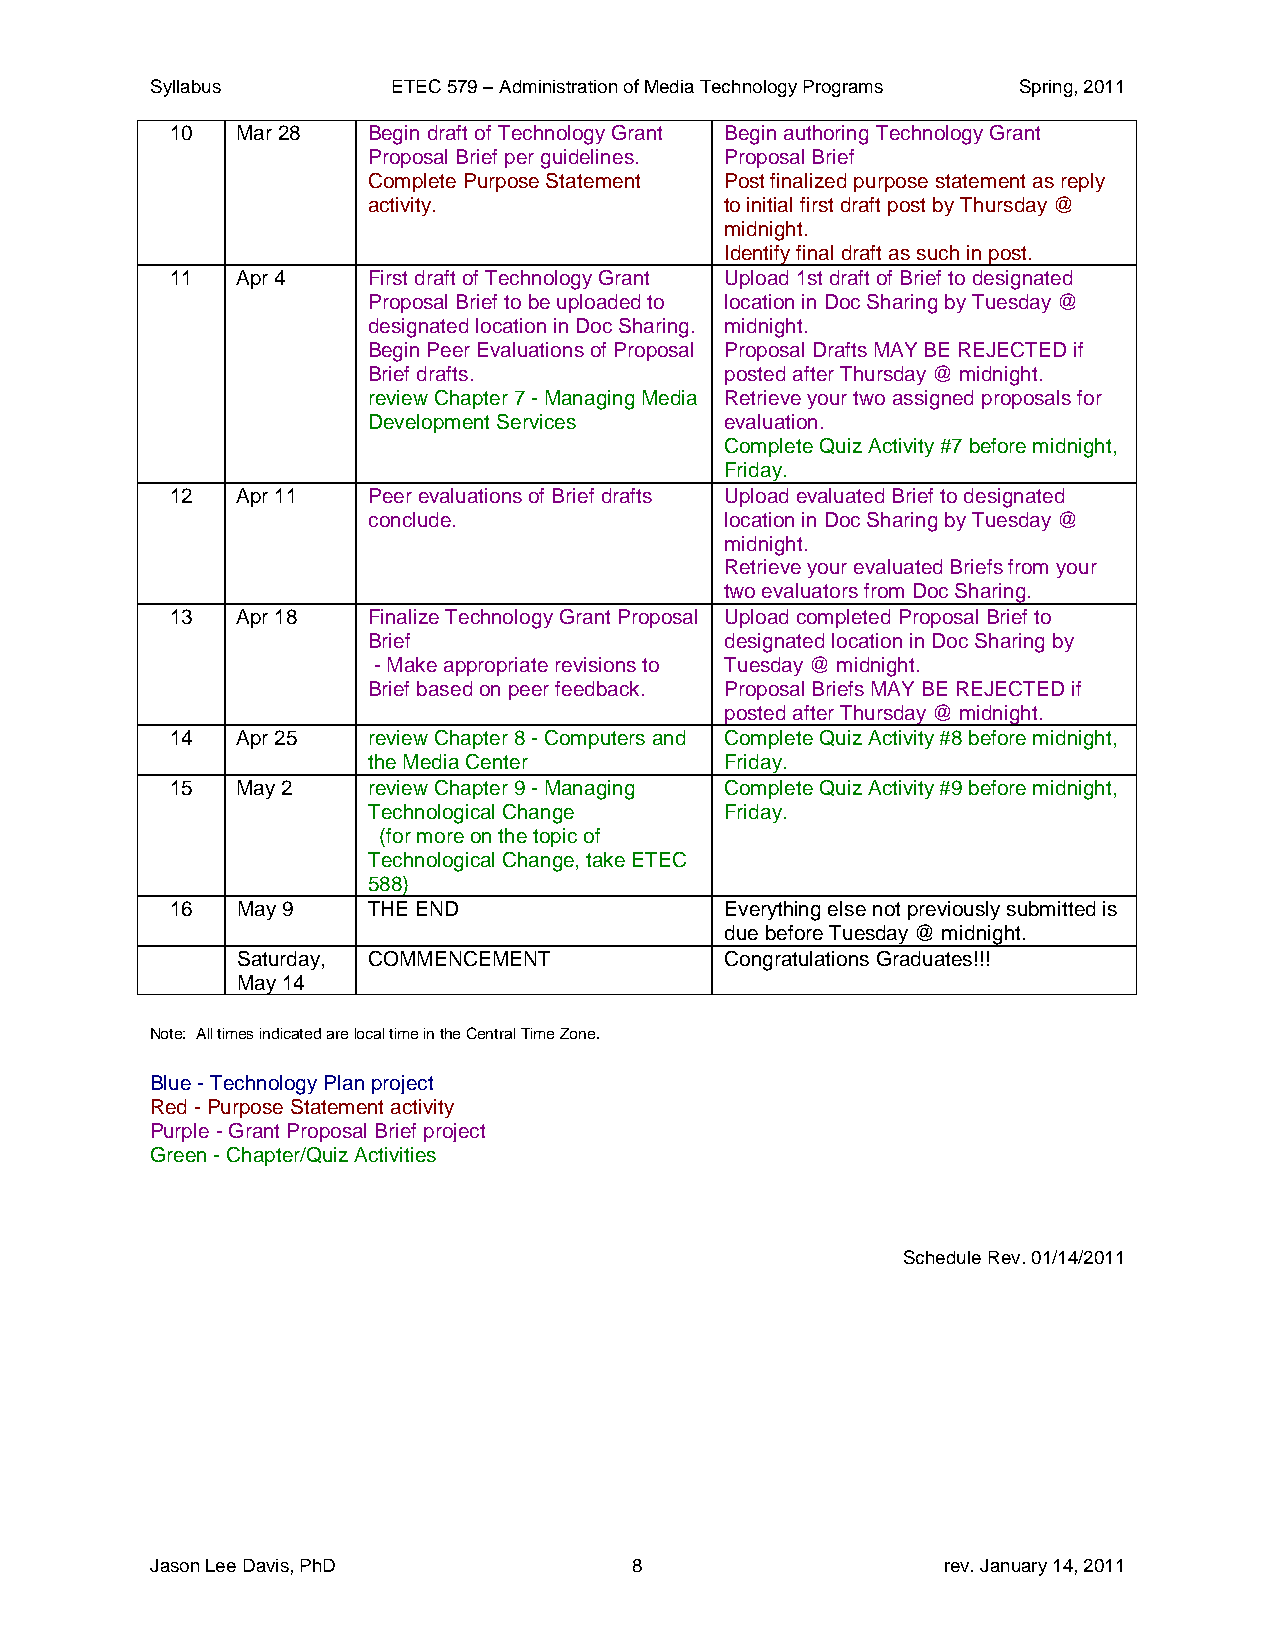
Syllabus        ETEC 579 – Administration of Media Technology Programs Spring, 2011
 10   Mar 28  Begin draft of Technology Grant Begin authoring Technology Grant
 Proposal Brief per guidelines. Proposal Brief
 Complete Purpose Statement Post finalized purpose statement as reply
 activity.               to initial first draft post by Thursday @
 midnight.
 Identify final draft as such in post.
 11   Apr 4   First draft of Technology Grant Upload 1st draft of Brief to designated
 Proposal Brief to be uploaded to location in Doc Sharing by Tuesday @
 designated location in Doc Sharing. midnight.
 Begin Peer Evaluations of Proposal Proposal Drafts MAY BE REJECTED if
 Brief drafts.           posted after Thursday @ midnight.
 review Chapter 7 - Managing Media Retrieve your two assigned proposals for
 Development Services    evaluation.
 Complete Quiz Activity #7 before midnight,
 Friday.
 12   Apr 11  Peer evaluations of Brief drafts Upload evaluated Brief to designated
 conclude.               location in Doc Sharing by Tuesday @
 midnight.
 Retrieve your evaluated Briefs from your
 two evaluators from Doc Sharing.
 13   Apr 18  Finalize Technology Grant Proposal Upload completed Proposal Brief to
 Brief                   designated location in Doc Sharing by
 - Make appropriate revisions to Tuesday @ midnight.
 Brief based on peer feedback. Proposal Briefs MAY BE REJECTED if
 posted after Thursday @ midnight.
 14   Apr 25  review Chapter 8 - Computers and Complete Quiz Activity #8 before midnight,
 the Media Center        Friday.
 15   May 2   review Chapter 9 - Managing Complete Quiz Activity #9 before midnight,
 Technological Change    Friday.
 (for more on the topic of
 Technological Change, take ETEC
 588)
 16   May 9   THE END                 Everything else not previously submitted is
 due before Tuesday @ midnight.
 Saturday, COMMENCEMENT          Congratulations Graduates!!!
 May 14
 Note: All times indicated are local time in the Central Time Zone.
 Blue - Technology Plan project
 Red - Purpose Statement activity
 Purple - Grant Proposal Brief project
 Green - Chapter/Quiz Activities
 Schedule Rev. 01/14/2011
 Jason Lee Davis, PhD            8                   rev. January 14, 2011